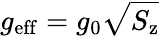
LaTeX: g_{\mathrm{eff}}=g_{0}\sqrt{S_{\mathrm{z}}}